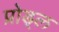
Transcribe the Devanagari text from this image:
प्रोड्ल